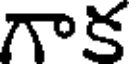
గాక